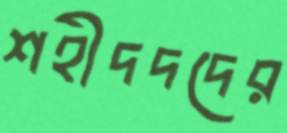
শহীদদদের